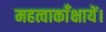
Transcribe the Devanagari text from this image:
महत्वाकाँक्षायें।